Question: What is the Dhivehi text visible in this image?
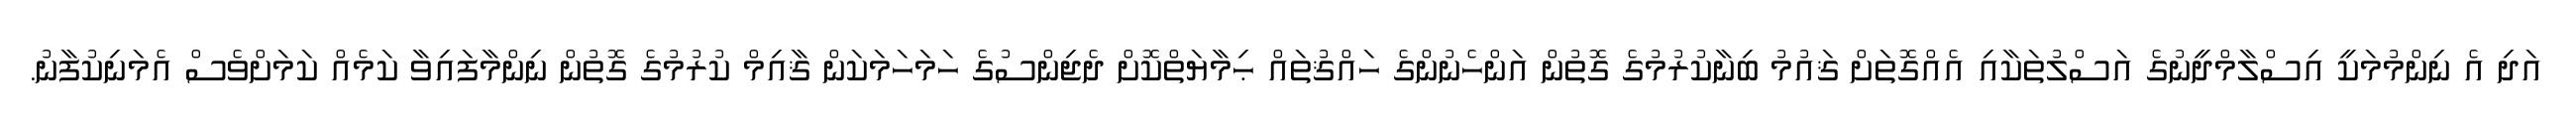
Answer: އަދި އެ ނިންމުމަކީ އިސްލާމްދީނުގެ އަސްލުތަކާއި އެއްގޮތަށް ޤައުމު ބިނާކުރުމުގެ ގޮތުން އަންހެނުންގެ ހައްޤުތައް ޙިމާޔަތްކޮށް ދެޖިންސުގެ ހަމަހަމަކަން ޤާއިމް ކުރުމުގެ ގޮތުން ނިންމާފައިވާ ކަމެއް ކަމަށްވެސް އެމަނިކުފާނު.